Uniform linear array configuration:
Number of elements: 12
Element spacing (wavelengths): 0.75
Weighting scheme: kaiser
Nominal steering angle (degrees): -60
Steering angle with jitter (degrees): -60.059
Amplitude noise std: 0.05
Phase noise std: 0.05

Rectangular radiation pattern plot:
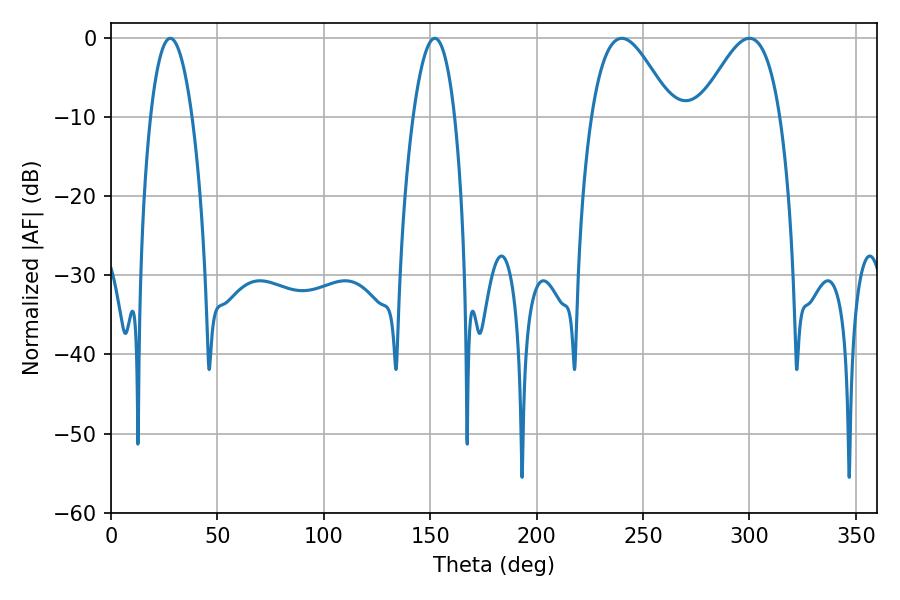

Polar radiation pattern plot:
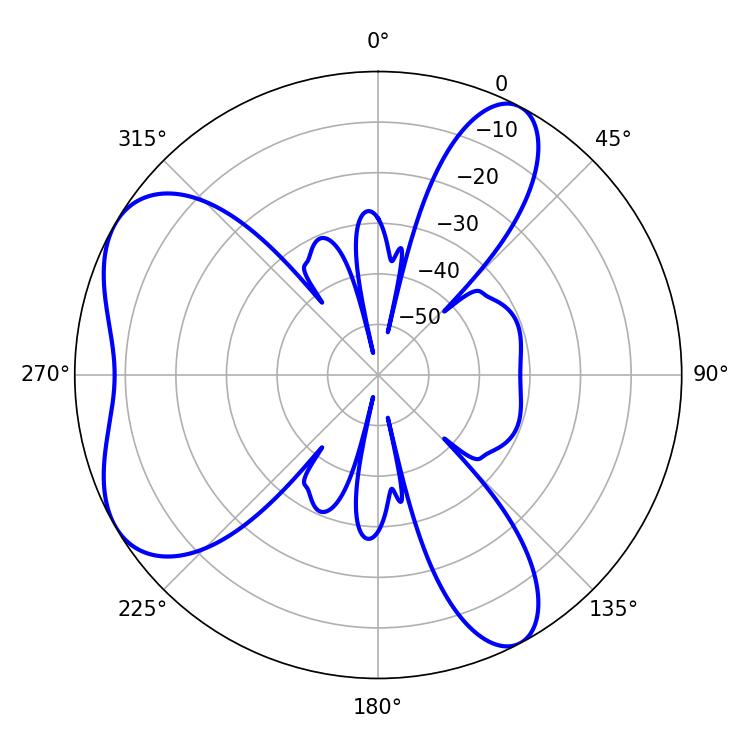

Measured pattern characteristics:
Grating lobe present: TRUE
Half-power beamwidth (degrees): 20.34
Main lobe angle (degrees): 239.94